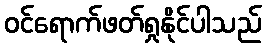
ဝင်ရောက်ဖတ်ရှုနိုင်ပါသည်